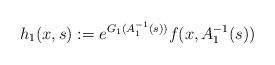
LaTeX: \begin{align*}h_1(x,s):=e^{G_1(A_1^{-1}(s))} f(x,A_1^{-1}(s))\end{align*}